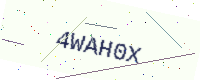
Text: 4WAH0X